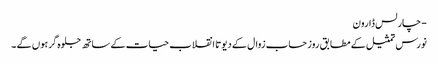
- چارلس ڈارون
نورس تمثیل کے مطابق روز حساب زوال کے دیوتا انقلاب حیات کے ساتھ جلوہ گر ہوں گے ۔